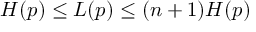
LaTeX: H ( p ) \leq L ( p ) \leq ( n + 1 ) H ( p )